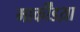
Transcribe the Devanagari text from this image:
मार्कींडय़ा